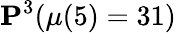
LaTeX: \mathbf{P}^{3}(\mu(5)=31)